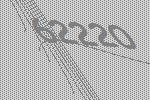
62220